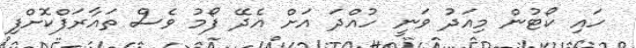
ހައި ކޯޓުން މިއަދު ވަނީ ހުއްދަ އަށް އެދޭ ފޯމު ވެސް ތައާރަފްކޮށްފި